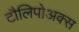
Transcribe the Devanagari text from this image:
टौलिपोअक्स